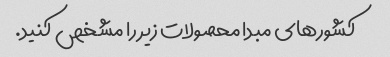
کشورهای مبدا محصولات زیر را مشخص کنید.